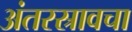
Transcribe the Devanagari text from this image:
अंतरस्रावचा